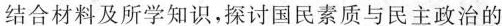
结合材料及所学知识，探讨国民素质与民主政治的